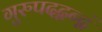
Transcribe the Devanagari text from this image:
गुरुपदद्वन्द्वं